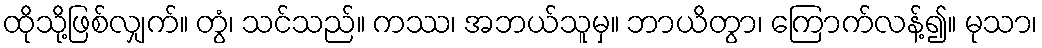
ထိုသို့ဖြစ်လျှက်။ တွံ၊ သင်သည်။ ကဿ၊ အဘယ်သူမှ။ ဘာယိတွာ၊ ကြောက်လန့်၍။ မုသာ၊